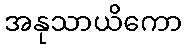
အနုသာယိကော